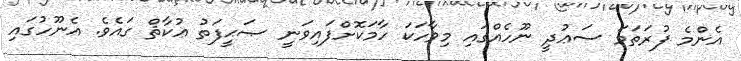
އެންމެ ފުރަތަމަ ސަޢުދީ ނޫހެއްގައި މިވާހަކަ ހާމަކޮށްފައިވަނީ ޞަޙީފަތު ޢުކާޘް ގައެވެ. އެނޫހުގައި